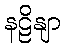
နဠိနျာ